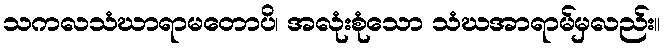
သကလသံဃာရာမတောပိ၊ အလုံးစုံသော သံဃအာရာမ်မှလည်း။